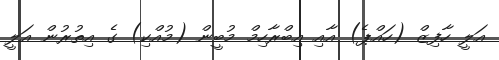
އަލީ ހާފިޒް (ހައްޕެ) އާއި އިބްރާހިމް މުބީން (މުއްކި) ގެ އިތުރުން އަލީ